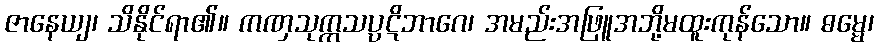
ဇာနေယျ၊ သိနိုင်ရာ၏။ ကဏှသုက္ကသပ္ပဋိဘာဂေ၊ အမည်းအဖြူအဘို့မထူးကုန်သော။ ဓမ္မေ၊